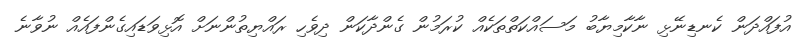
އުފައްދަން ކެނޑިނޭޅި ނާކާމިޔާބު މަސައްކަތްތަކެއް ކުރަމުން ގެންދާކަން ދިވެހި ރައްޔިތުންނަށް އޮޅިވަޑައިގެންފައެއް ނުވާނެ